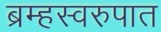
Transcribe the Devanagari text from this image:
ब्रम्हस्वरुपात